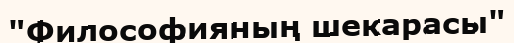
"Философияның шекарасы"